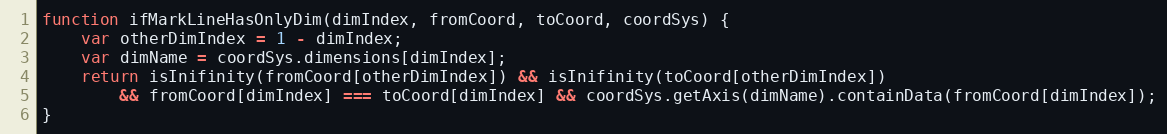
Language: JavaScript
function ifMarkLineHasOnlyDim(dimIndex, fromCoord, toCoord, coordSys) {
    var otherDimIndex = 1 - dimIndex;
    var dimName = coordSys.dimensions[dimIndex];
    return isInifinity(fromCoord[otherDimIndex]) && isInifinity(toCoord[otherDimIndex])
        && fromCoord[dimIndex] === toCoord[dimIndex] && coordSys.getAxis(dimName).containData(fromCoord[dimIndex]);
}